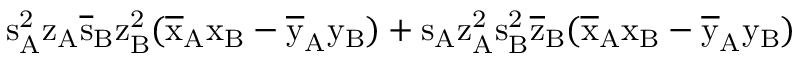
\mathrm { s _ { A } ^ { 2 } \mathrm { z _ { A } \mathrm { \overline { { s } } _ { B } \mathrm { z _ { B } ^ { 2 } ( \mathrm { \overline { { x } } _ { A } \mathrm { x _ { B } - \mathrm { \overline { { y } } _ { A } \mathrm { y _ { B } ) + \mathrm { s _ { A } \mathrm { z _ { A } ^ { 2 } \mathrm { s _ { B } ^ { 2 } \mathrm { \overline { { z } } _ { B } ( \mathrm { \overline { { x } } _ { A } \mathrm { x _ { B } - \mathrm { \overline { { y } } _ { A } \mathrm { y _ { B } ) } } } } } } } } } } } } } } } }